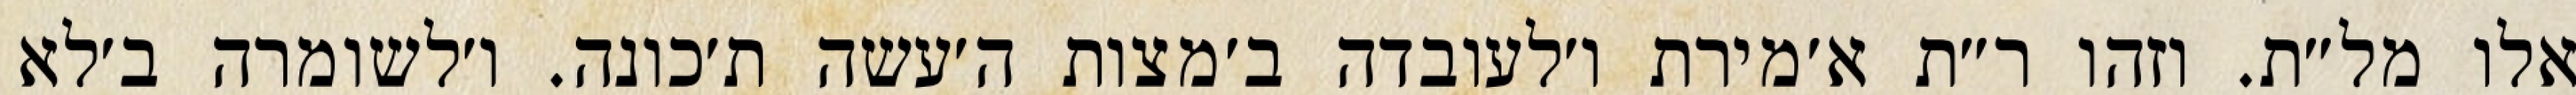
אלו מל״ת. וזהו ר״ת א׳מירת ו׳לעובדה ב׳מצות ה׳עשה ת׳כונה. ו׳לשומרה ב׳לא